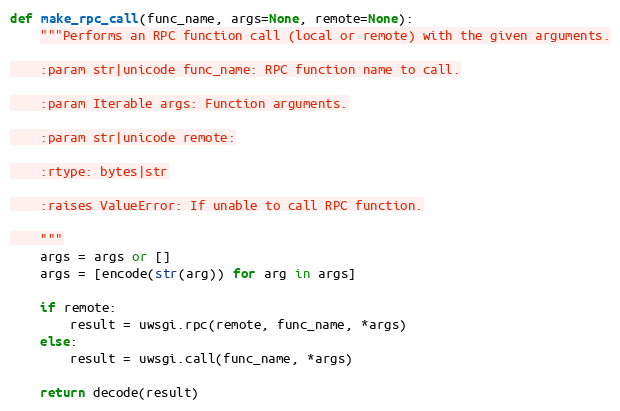
Language: Python
def make_rpc_call(func_name, args=None, remote=None):
    """Performs an RPC function call (local or remote) with the given arguments.

    :param str|unicode func_name: RPC function name to call.

    :param Iterable args: Function arguments.

    :param str|unicode remote:

    :rtype: bytes|str

    :raises ValueError: If unable to call RPC function.

    """
    args = args or []
    args = [encode(str(arg)) for arg in args]

    if remote:
        result = uwsgi.rpc(remote, func_name, *args)
    else:
        result = uwsgi.call(func_name, *args)

    return decode(result)